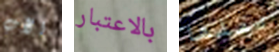
الأب بالاعتبار نقلها